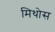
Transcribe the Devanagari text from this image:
मिथोस